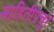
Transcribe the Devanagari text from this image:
माहितीप्रचुर